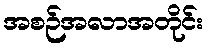
အစဉ်အလာအတိုင်း